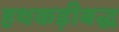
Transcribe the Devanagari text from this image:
हथकड़ीबद्ध